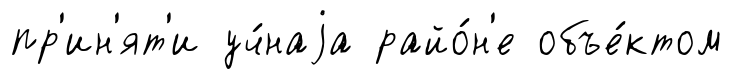
пр'ин'ят'и уч́наjа райо́н'е объе́ктом